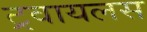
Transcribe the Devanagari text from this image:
ट्रवायलस